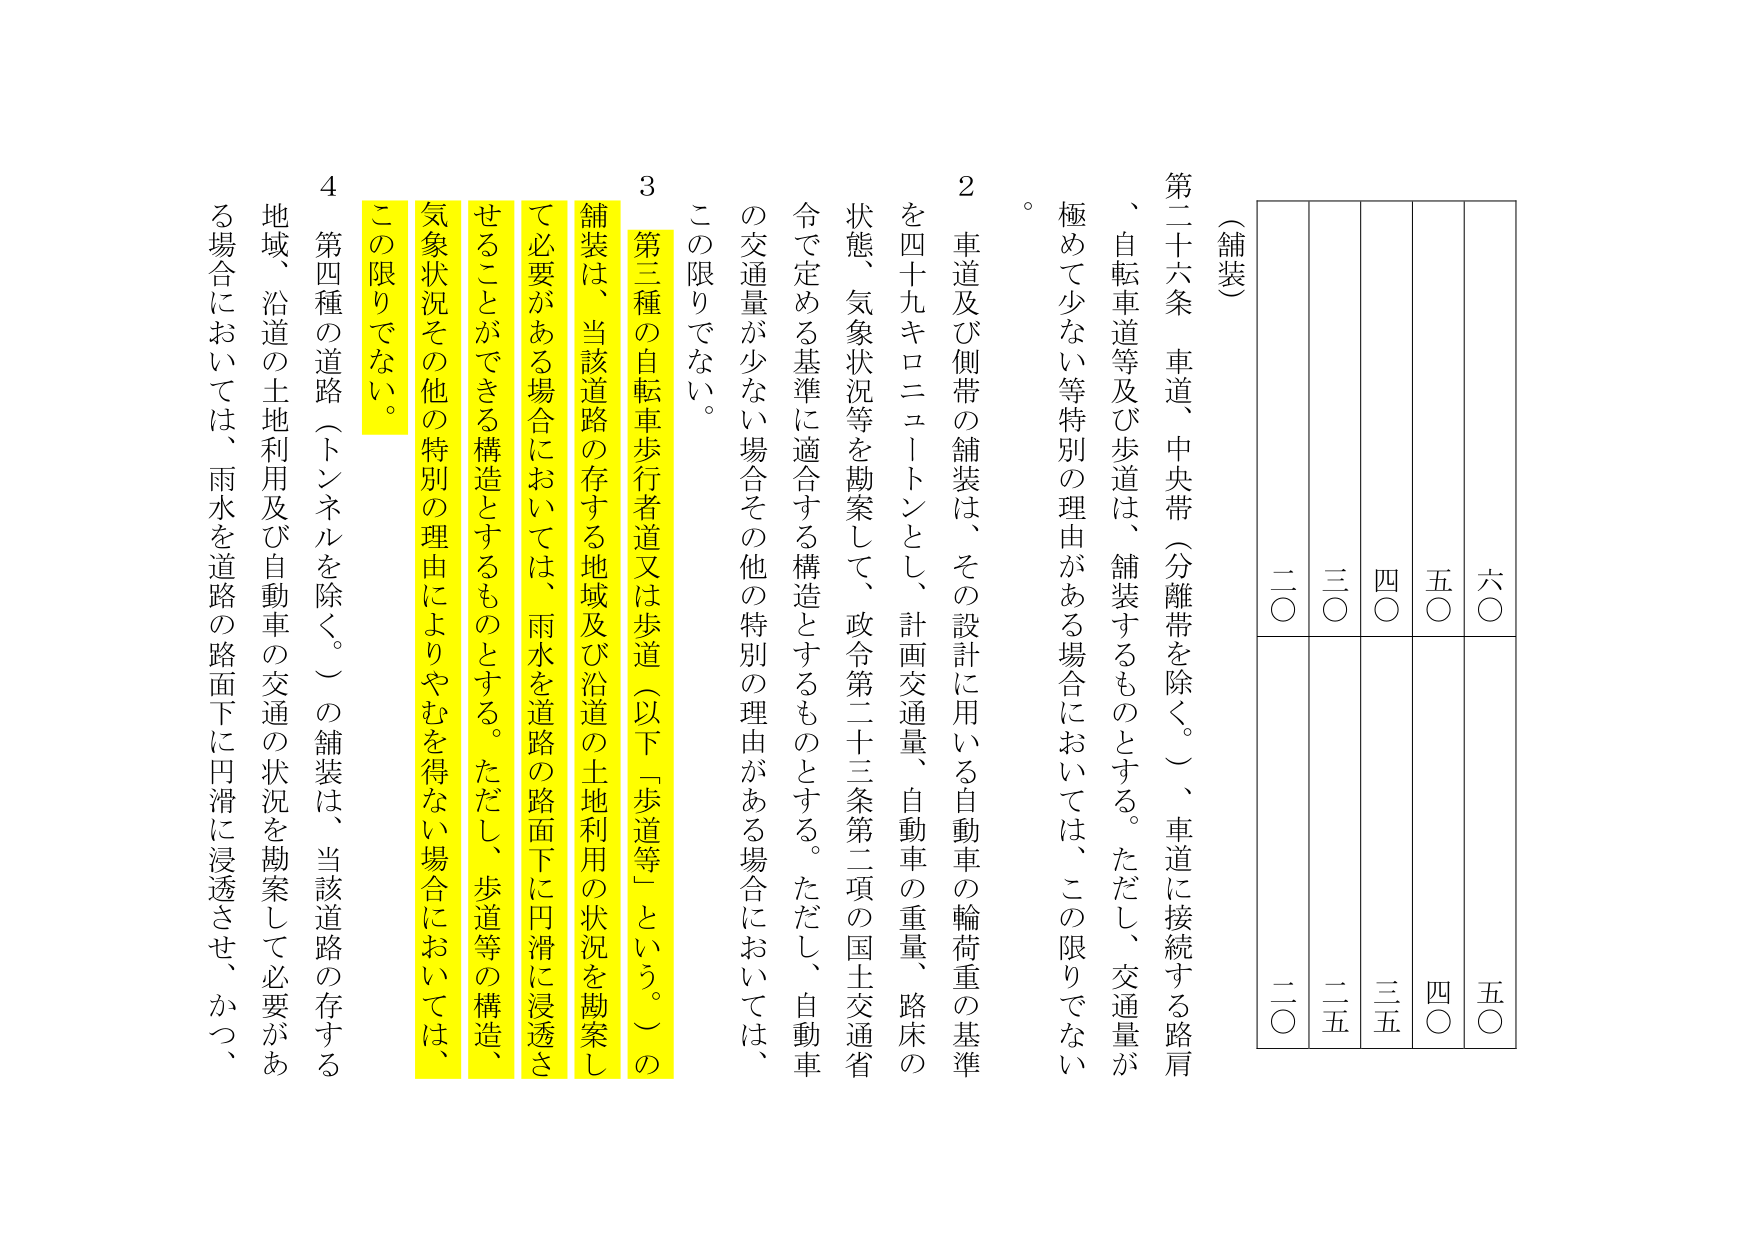
（舗装）

第二十六条　車道、中央帯（分離帯を除く。）、車道に接続する路肩、自転車道等及び歩道は、舗装するものとする。ただし、交通量が極めて少ない等特別の理由がある場合においては、この限りでない。

２　車道及び側帯の舗装は、その設計に用いる自動車の輪荷重の基準を四十九キロニュートンとし、計画交通量、自動車の重量、路床の状態、気象状況等を勘案して、政令第二十三条第二項の国土交通省令で定める基準に適合する構造とするものとする。ただし、自動車の交通量が少ない場合その他特別の理由がある場合においては、この限りでない。

３　第三種の自転車歩行者道又は歩道（以下「歩道等」という。）の舗装は、当該道路の存する地域及び沿道の土地利用の状況を勘案して必要がある場合においては、雨水を道路の路面下に円滑に浸透させることができる構造とするものとする。ただし、歩道等の構造、気象状況その他の特別の理由によりやむを得ない場合においては、この限りでない。

４　第四種の道路（トンネルを除く。）の舗装は、当該道路の存する地域、沿道の土地利用及び自動車の交通の状況を勘案して必要がある場合においては、雨水を道路の路面下に円滑に浸透させ、かつ、

六〇　五〇　四〇　三〇　二〇
五〇　四〇　三五　二五　二〇